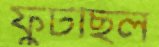
ফুটছিল